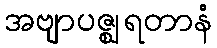
အဗျာပဇ္ဈရတာနံ